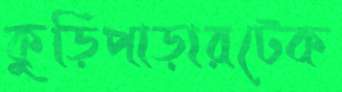
কুড়িপাড়ারটেক